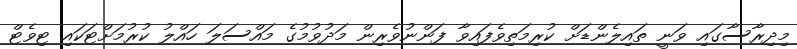
މިދިރާސާގައި ވަނީ ތައިލެންޑަށް ކުރިމަތިވެފައިވާ ފަންނުވެރިން މަދުވުމުގެ މައްސަލަ ހައްލު ކުރުމަށްޓަކައި ޓިވެޓް